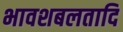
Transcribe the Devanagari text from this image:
भावशबलतादि